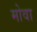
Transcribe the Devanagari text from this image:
मोवा